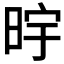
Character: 𮲠